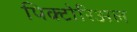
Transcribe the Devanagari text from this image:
पिक्टोरिअल